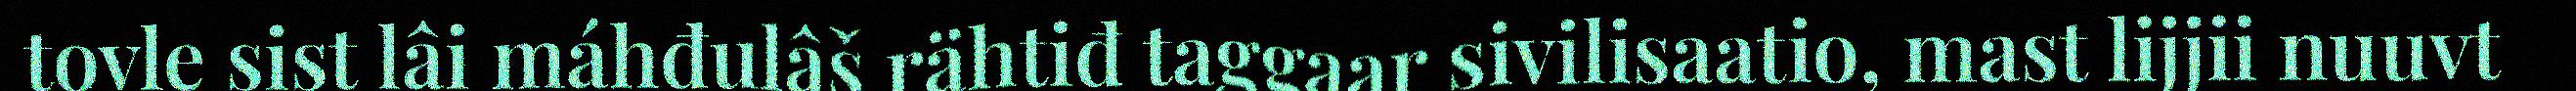
tovle sist lâi máhđulâš rähtiđ taggaar sivilisaatio, mast lijjii nuuvt